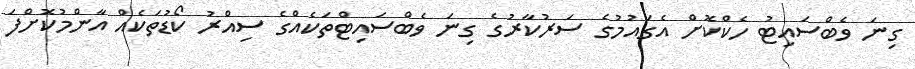
ގިނަ ވެބްސައިޓު ހެކްކޮށް އެގައުމުގެ ސަރުކާރުގެ ގިނަ ވެބްސައިޓްތަކެއްގެ ސިއްރު ކޯޑުތަކެއް އާންމުކޮށްފަ